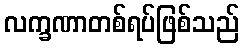
လက္ခဏာတစ်ရပ်ဖြစ်သည်